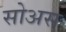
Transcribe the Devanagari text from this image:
सोअस